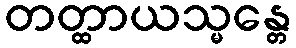
တတ္ထာယသ္မန္တေ